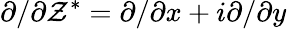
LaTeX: {\partial}/{\partial\mathcal{Z}^{*}}={\partial}/{\partial x}+i{\partial}/{\partial y}